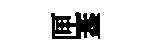
匣葢